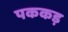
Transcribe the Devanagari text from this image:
पककड़